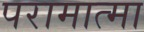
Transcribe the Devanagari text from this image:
परामात्मा